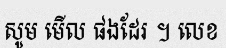
សូម មើល ផងដែរ ។ លេខ